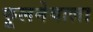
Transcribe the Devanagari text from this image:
फूलनेवाला